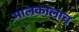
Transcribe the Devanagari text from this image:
मालकालाच